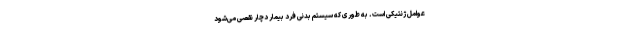
عوامل ژنتیکی است. به طوری که سیستم بدنی فرد بیمار دچار نقصی می‌شود